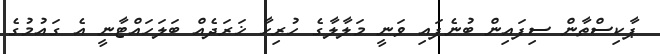
ޕާކިސްތާން ސިފައިން ބުނެފައި ވަނީ މަލާލާގެ ހުރިހާ ޚަރަދެއް ބަލަހައްޓާނީ އެ ގައުމުގެ